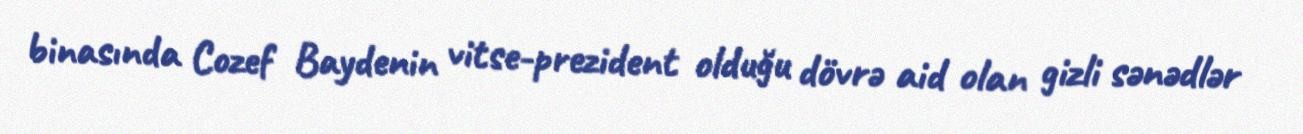
binasında Cozef Baydenin vitse-prezident olduğu dövrə aid olan gizli sənədlər